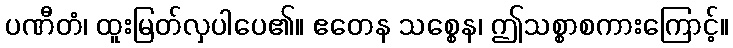
ပဏီတံ၊ ထူးမြတ်လှပါပေ၏။ ဧတေန သစ္စေန၊ ဤသစ္စာစကားကြောင့်။